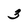
Character: 3